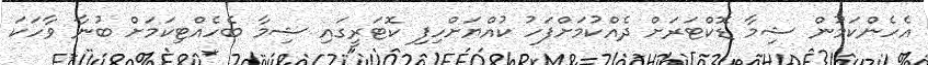
އެހެންކަމުން ޝިމާ ޑޮކްޓަރަށް ދެއްކުމަށްފަހު ކުއްޔަށްހިފި ކޮޓަރީގައި ޝިމާ ބެހެއްޓިކަމަށް ބުނާ ވާހަކަ